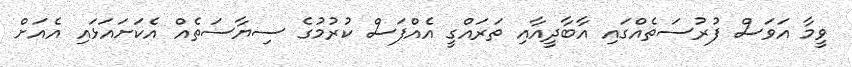
ވީމާ އަވަސް ފުރުސަތެއްގައި އާބާދީއާއި ތަރައްގީ އެއްފަސް ކުރުމުގެ ސިޔާސަތެއް އެކަށަައަޅައި އެއަށް